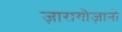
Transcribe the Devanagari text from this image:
ज़ारागोज़ानो